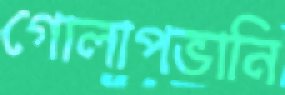
গোলাপভানি